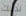
لديك